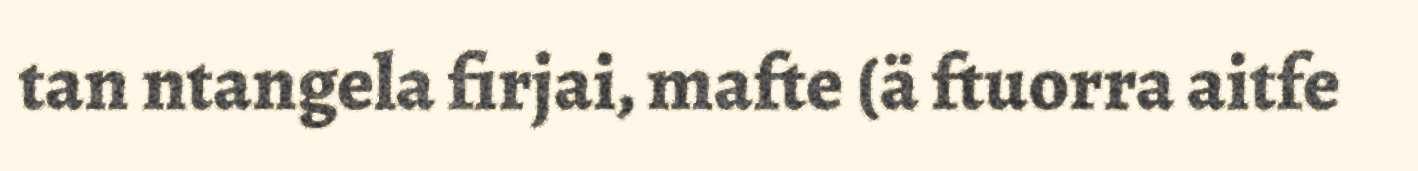
tan ntangela firjai, mafte (ä ftuorra aitfe